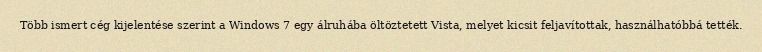
Több ismert cég kijelentése szerint a Windows 7 egy álruhába öltöztetett Vista, melyet kicsit feljavítottak, használhatóbbá tették.